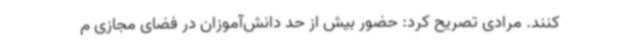
کنند. مرادی تصریح کرد: حضور بیش از حد دانش‌آموزان در فضای مجازی م